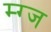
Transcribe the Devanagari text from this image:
म्ग्ज